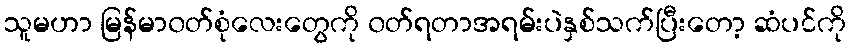
သူမဟာ မြန်မာ၀တ်စုံလေးတွေကို ၀တ်ရတာအရမ်းပဲနှစ်သက်ပြီးတော့ ဆံပင်ကို